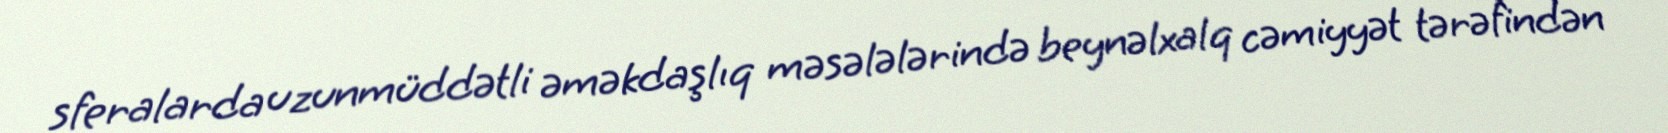
sferalarda uzunmüddətli əməkdaşlıq məsələlərində beynəlxalq cəmiyyət tərəfindən